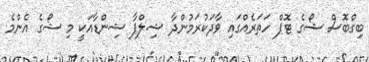
ބިގްބޮސް ޝޯގެ ޓޮޕް ހަތަރެއްގައި ވާދަކުރަމުންދާ ޝިލްޕާ ޝިންޑާއަކީ މި ޝޯގެ އެންމެ